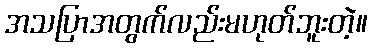
အသပြာအတွက်လည်းမဟုတ်ဘူးတဲ့။